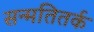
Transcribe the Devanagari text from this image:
सन्मतितर्क